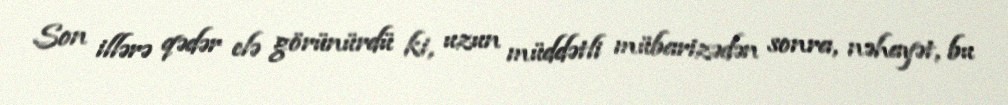
Son illərə qədər elə görünürdü ki, uzun müddətli mübarizədən sonra, nəhayət, bu